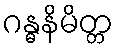
ဂန္ဓနိမိတ္တ